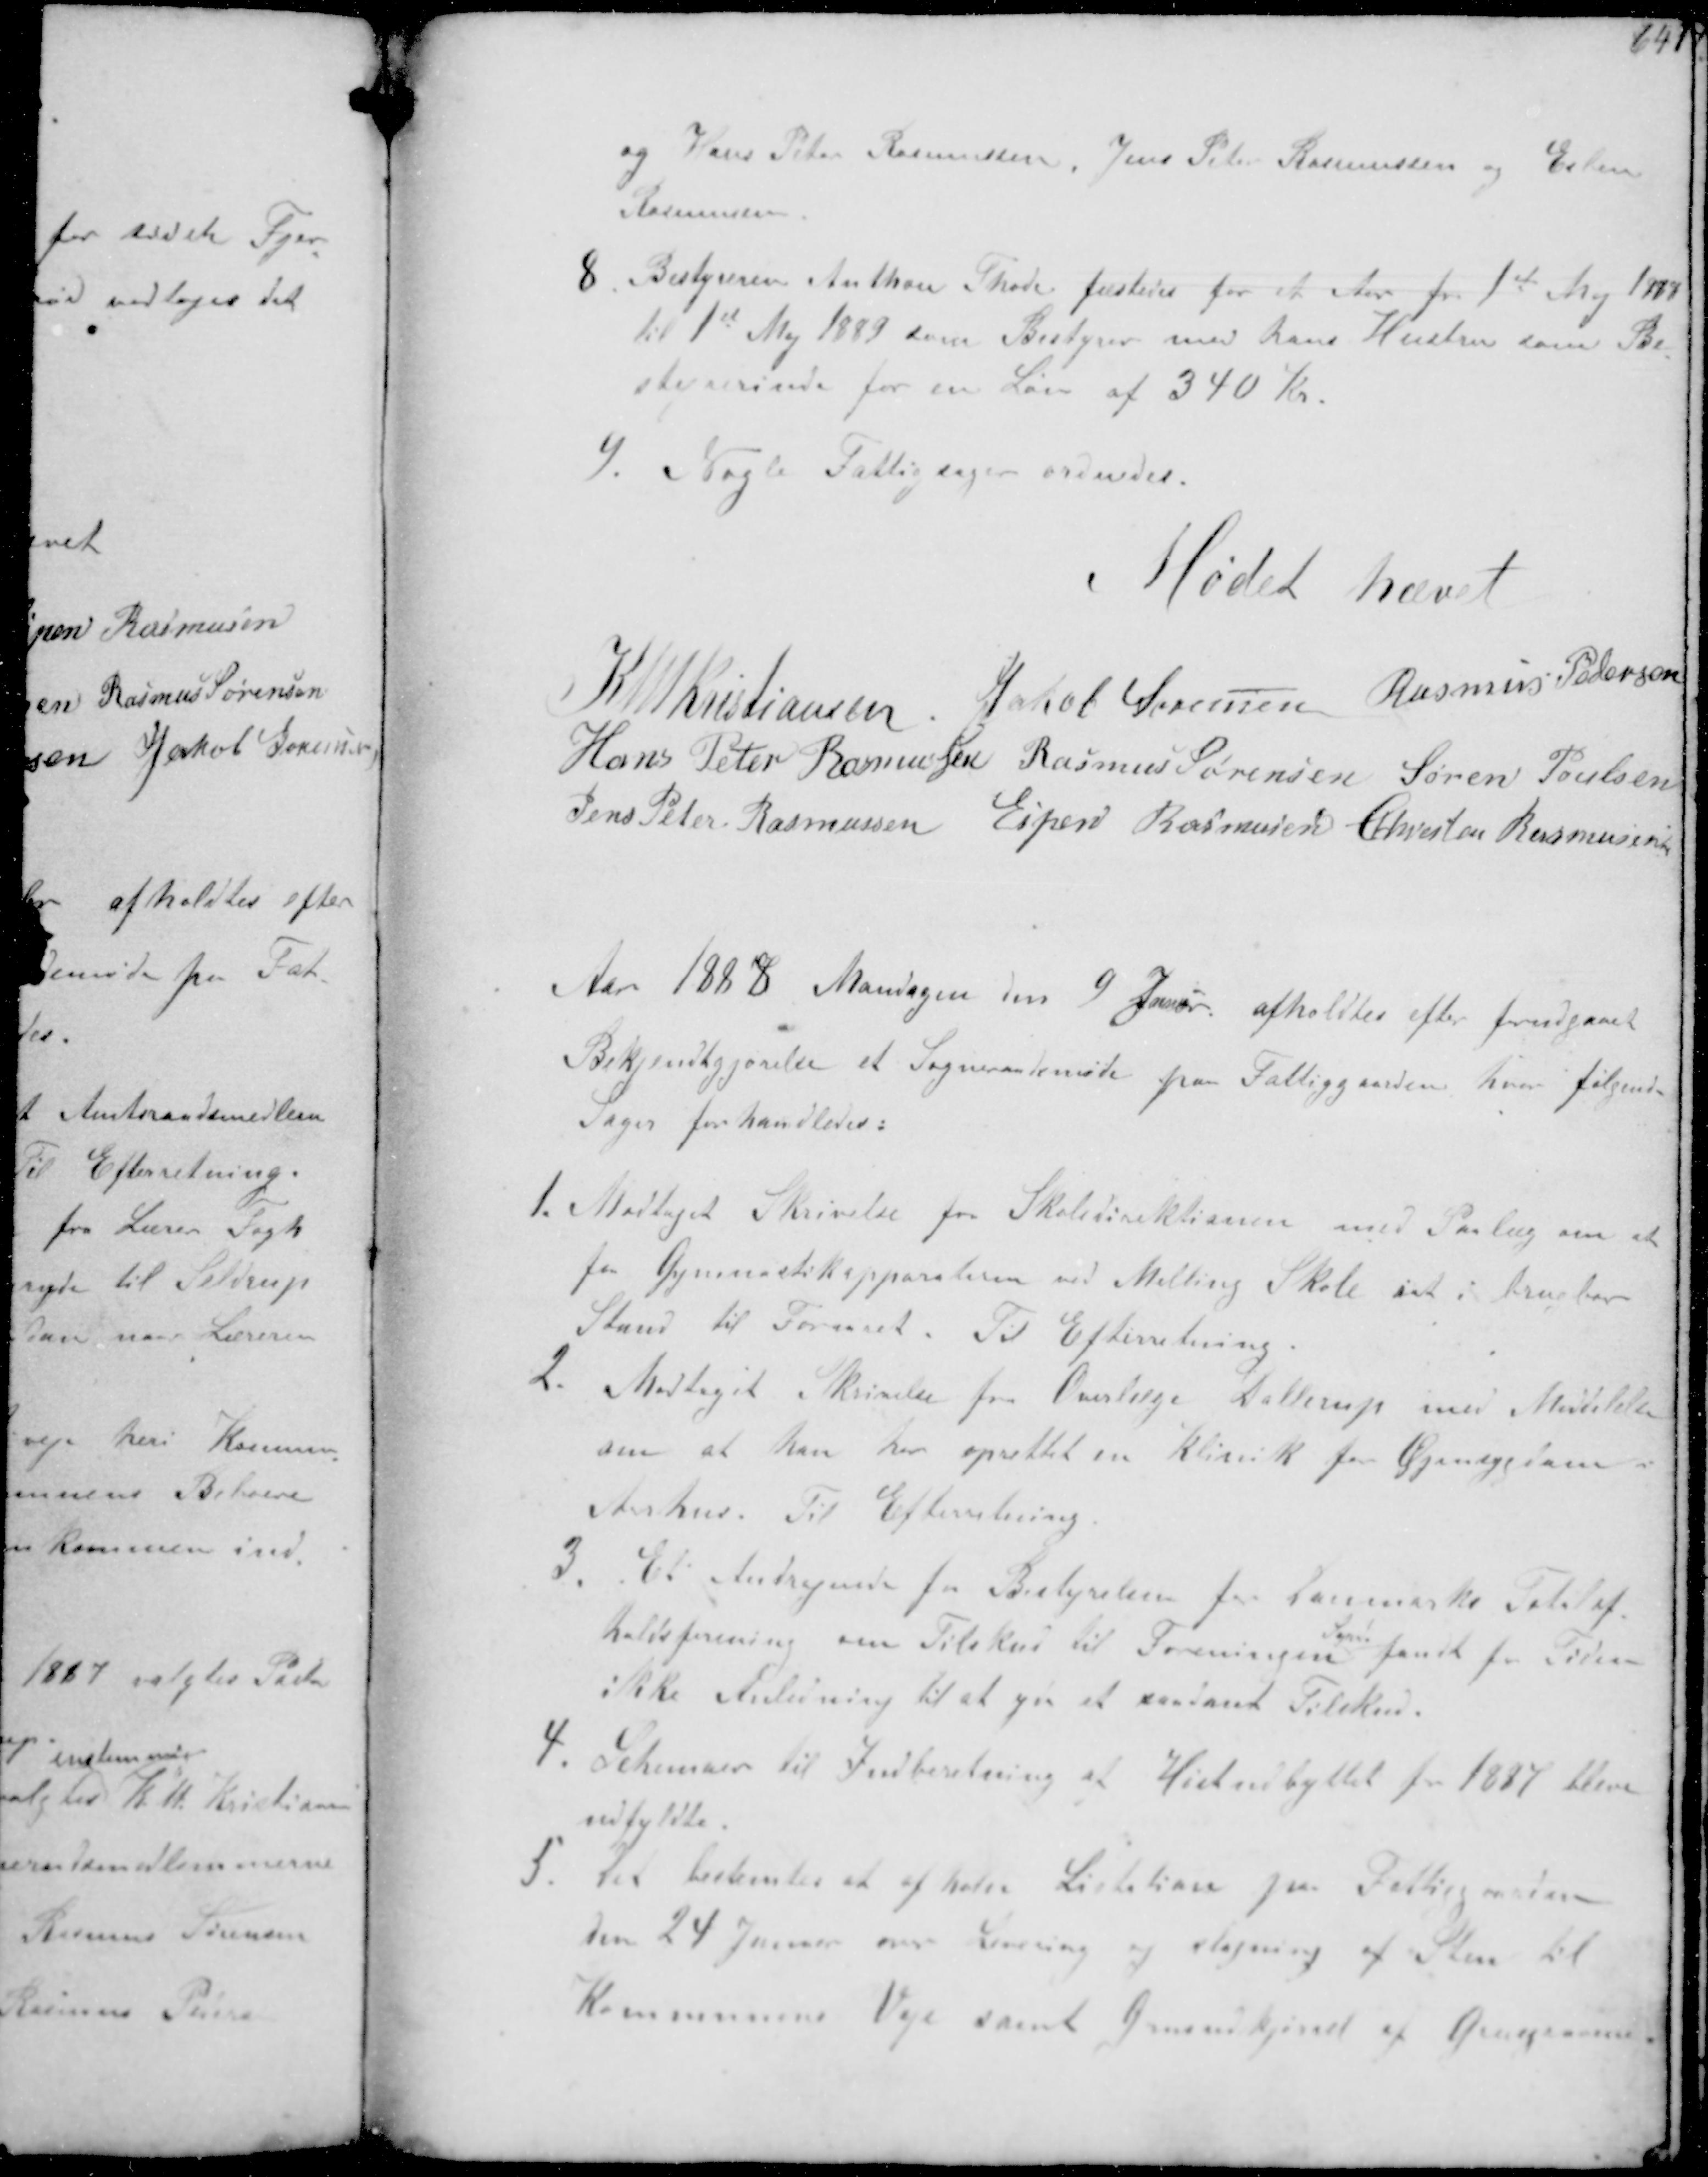
Transskription:
og Hans Peter Rasmussen, Jens Peter Rasmussen og Esben
Rasmussen
8 Bestyreren Anton Thode fæstedes for et Aar fra 1st Maj 1888
til 1st Maj 1889 som Bestyrer med hans Hustru som Be-
styrerinde for en Løn af 340 Kr.
9. Nogle Fattigsager ordnedes.
Møder hævet
K N M Kristiansen
Jakob Sørensen Rasmus Pedersen
Hans Peter Rasmussen Rasmus Sørensen Søren Poulsen
Jens Peter Rasmussen Espen Rasmussen Chresten Rasmussen
Aar 1888 Mandagen den 9 Januar afholdtes efter forudgaaet
Bekjendtgjørelse et Sogneraadsmøde paa Fattiggaarden hvor Følgende
Sager forhandledes:
1. Modtaget Skrivelse fra Skoledirektionen med Paalæg om at
faa Gymnastikapparaterne ved Malling Skole sat i brugbar
Stand til Foraaret. Til Efterretning
2. Modtaget Skrivelse fra Overlæge Dallerup med Meddelelse
om at han har oprettet en Klinik for Øjensygdomme i
Arhus Til Efterretning
3. Andragende fra Bestyrelsen for Danmarks Totalaf-
holdsforening om Tilskud til Foreningen
Sogrd
fandt for Tiden
ikke Anledning til at yde et saadant Tilskud.
4. Schemaer til Indberetning af Høstudbyttet for 1887 bleve
udfyldte
5 Det bestemtes at afholde Listation paa Fattiggaarden
den 24 Januar om Levering og Slagning af Sten til
Kommunens Veje samt Grusudkjørsel af Grusgravene